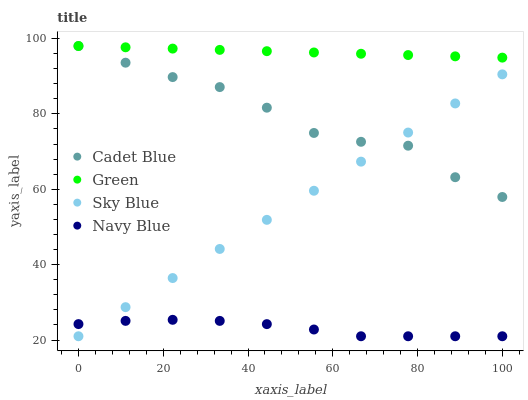
| xaxis_label | Cadet Blue | Green | Sky Blue | Navy Blue |
 | --- | --- | --- | --- | --- |
 | 0 | 98 | 98 | 21 | 24.2 |
 | 11.1 | 93.6 | 97.7 | 28.7 | 25.1 |
 | 22.2 | 89.8 | 97.3 | 36.4 | 25.4 |
 | 33.3 | 87.1 | 97 | 44.2 | 25.1 |
 | 44.4 | 81.6 | 96.6 | 51.9 | 24.2 |
 | 55.6 | 74.9 | 96.3 | 59.6 | 22.8 |
 | 66.7 | 72.6 | 95.9 | 67.3 | 21 |
 | 77.8 | 71.6 | 95.6 | 75 | 21 |
 | 88.9 | 63.2 | 95.3 | 82.8 | 21 |
 | 100 | 57.9 | 94.9 | 90.5 | 21 |